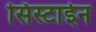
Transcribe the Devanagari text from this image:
सिस्टाईन